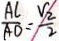
\frac { A C } { A O } = \frac { V _ { 2 } } { 2 }